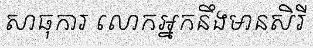
សាធុការ លោកអ្នកនឹងមានសិរី